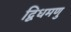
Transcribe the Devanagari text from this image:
द्विधमणु